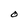
Character: O